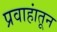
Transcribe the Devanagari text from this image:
प्रवाहांतून